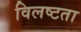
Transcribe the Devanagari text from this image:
विलष्टता